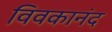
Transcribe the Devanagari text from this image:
विवकानंद